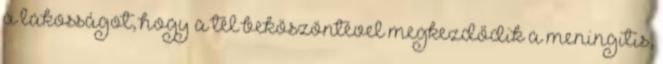
a lakosságot, hogy a tél beköszöntével megkezdődik a meningitis,